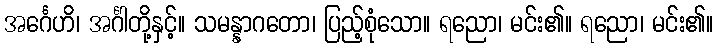
အင်္ဂေဟိ၊ အင်္ဂါတို့နှင့်။ သမန္နာဂတော၊ ပြည့်စုံသော။ ရညော၊ မင်း၏။ ရညော၊ မင်း၏။